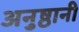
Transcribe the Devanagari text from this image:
अनुष्ठानी